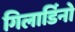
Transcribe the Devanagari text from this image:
गिलार्डिनो